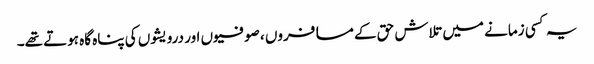
یہ کسی زمانے میں تلاش حق کے مسافروں ، صوفیوں اور درویشوں کی پناہ گاہ ہوتے تھے۔